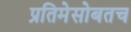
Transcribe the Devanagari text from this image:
प्रतिमेसोबतच